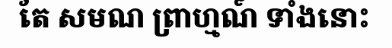
តែ សមណ ព្រាហ្មណ៍ ទាំងនោះ